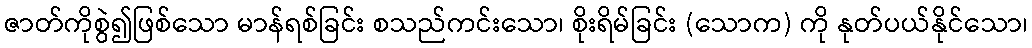
ဇာတ်ကိုစွဲ၍ဖြစ်သော မာန်ရစ်ခြင်း စသည်ကင်းသော၊ စိုးရိမ်ခြင်း (သောက) ကို နုတ်ပယ်နိုင်သော၊